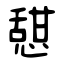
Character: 憇